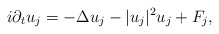
\begin{align*}i\partial_{t}u_{j}=-\Delta u_{j}-|u_{j}|^{2}u_{j}+F_{j},\end{align*}